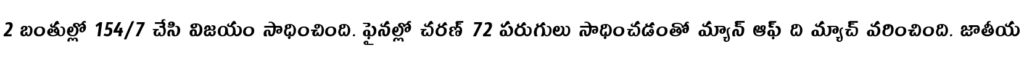
2 బంతుల్లో 154/7 చేసి విజయం సాధించింది. ఫైనల్లో చరణ్ 72 పరుగులు సాధించడంతో మ్యాన్ ఆఫ్ ది మ్యాచ్ వరించింది. జాతీయ